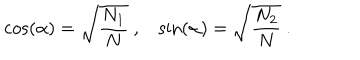
LaTeX: \cos ( \alpha ) = \sqrt { { \frac { N _ { 1 } } { N } } } ~ , \sin ( \alpha ) = \sqrt { { \frac { N _ { 2 } } { N } } } ~ .